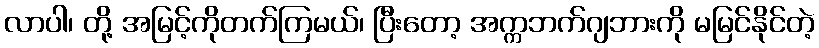
လာပါ၊ တို့ အမြင့်ကိုတက်ကြမယ်၊ ပြီးတော့ အက္ကဘက်ဂျဘားကို မမြင်နိုင်တဲ့